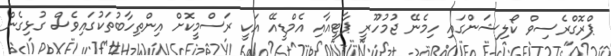
ޕްރޮގްރެސިވް ކޯލިޝަންގައި ހިމެނޭ ޖުމުހޫރީ ޕާޓީއާއި އެމްޑީއޭ އަކީ ރަސްމީކޮށް އިންތިހާބުތަކުގައިވެސް ގުޅިގެން